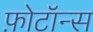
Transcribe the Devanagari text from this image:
फ़ोटॉन्स